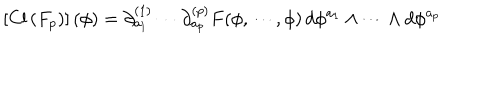
LaTeX: \left[ \mathrm { C l } \left( F _ { p } \right) \right] ( \phi ) = \partial _ { a _ { 1 } } ^ { ( 1 ) } \cdots \partial _ { a _ { p } } ^ { ( p ) } F ( \phi , \cdots , \phi ) \, d \phi ^ { a _ { 1 } } \wedge \cdots \wedge d \phi ^ { a _ { p } }